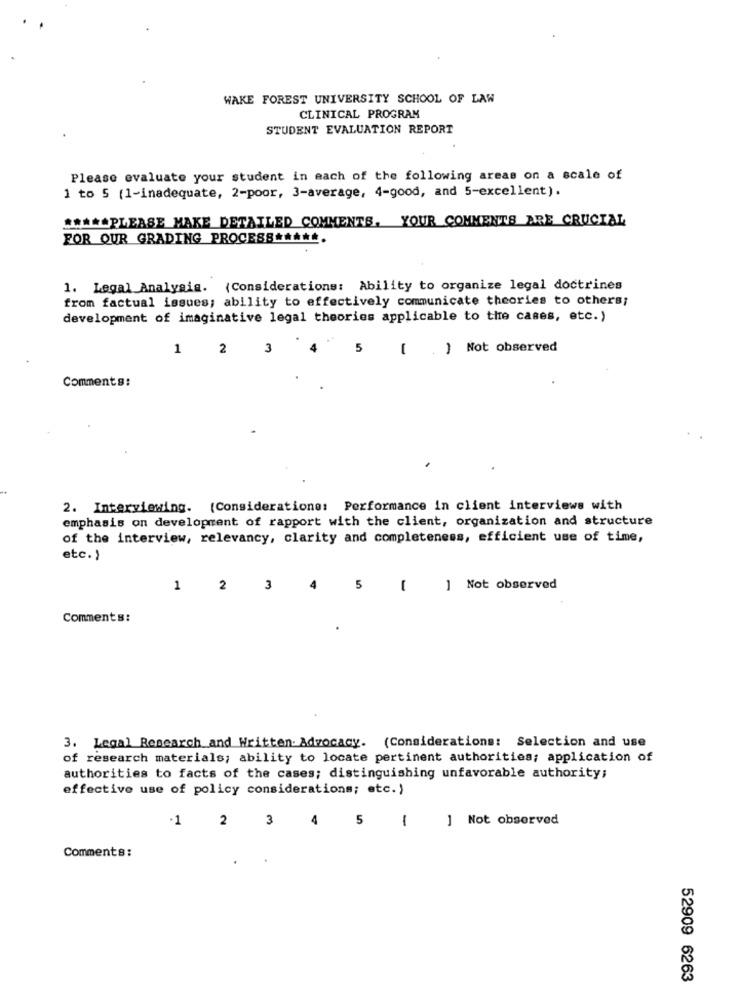
WAKE FOREST UNIVERSITY SCHOOL OF LAW
CLINICAL PROGRAM
STUDENT EVALUATION REPORT
Please evaluate your student in each of the following areas on a scale of
1 to 5 (1-inadequate, 2-poor, 3-average, 4-good, and 5-excellent).
CHILLPLEASE MAKE DETAILED COMMENTS, YOUR COMMENTS ARE CRUCIAL
FOR OUR GRADING PROCESS *****.
1. Legal Analysis. (Considerations: Ability to organize legal doctrines
from factual issues; ability to effectively communicate theories to others;
development of imaginative legal theories applicable to tire cases, etc.)
1
2
3
5
-
) Not observed
Comments:
2. Interviewing. (Consideratione: Performance in client interviews with
emphasis on development of rapport with the client, organization and structure
of the interview, relevancy, clarity and completeness, efficient use of time,
etc.
1 2
3
4
5
1
1 Not observed
Comments:
3. Legal Research and Written. Advocacy. (Considerations: Selection and use
of research materials; ability to locate pertinent authorities; application of
authorities to facts of the cases; distinguishing unfavorable authority;
effective use of policy considerations; etc.)
1 2 3
4 5
5
1
] Not observed
Comments:
52909 6263